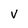
Character: v